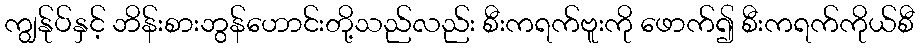
ကျွန်ုပ်နှင့် ဘိန်းစားဘွန်ဟောင်းတို့သည်လည်း စီးကရက်ဗူးကို ဖောက်၍ စီးကရက်ကိုယ်စီ